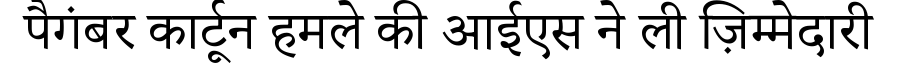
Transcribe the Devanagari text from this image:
पैगंबर कार्टून हमले की आईएस ने ली ज़िम्मेदारी